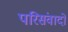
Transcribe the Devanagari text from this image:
परिसंवादों